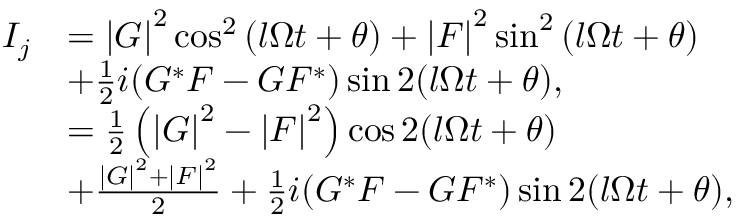
\begin{array} { r l } { I _ { j } } & { = \left\vert G \right\vert ^ { 2 } \cos ^ { 2 } \left( l \Omega t + \theta \right) + \left\vert F \right\vert ^ { 2 } \sin ^ { 2 } \left( l \Omega t + \theta \right) } \\ & { + \frac { 1 } { 2 } i ( G ^ { \ast } F - G F ^ { \ast } ) \sin 2 ( l \Omega t + \theta ) , } \\ & { = \frac { 1 } { 2 } \left( \left\vert G \right\vert ^ { 2 } - \left\vert F \right\vert ^ { 2 } \right) \cos 2 ( l \Omega t + \theta ) } \\ & { + \frac { \left\vert G \right\vert ^ { 2 } + \left\vert F \right\vert ^ { 2 } } { 2 } + \frac { 1 } { 2 } i ( G ^ { \ast } F - G F ^ { \ast } ) \sin 2 ( l \Omega t + \theta ) , } \end{array}